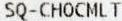
SQ-CHOCMLT